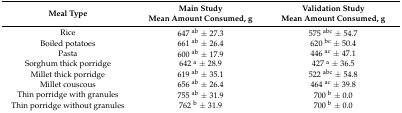
<table><thead><tr><td><b>Meal Type</b></td><td><b>Main StudyMean Amount Consumed, g</b></td><td><b>Validation StudyMean Amount Consumed, g</b></td></tr></thead><tbody><tr><td>Rice</td><td>647 <sup>ab</sup> ± 27.3</td><td>575 <sup>abc</sup> ± 54.7</td></tr><tr><td>Boiled potatoes</td><td>661 <sup>ab</sup> ± 26.4</td><td>620 <sup>bc</sup> ± 50.4</td></tr><tr><td>Pasta</td><td>600 <sup>ab</sup> ± 17.9</td><td>446 <sup>ac</sup> ± 47.1</td></tr><tr><td>Sorghum thick porridge</td><td>642 <sup>a</sup> ± 28.9</td><td>427 <sup>a</sup> ± 36.5</td></tr><tr><td>Millet thick porridge</td><td>619 <sup>ab</sup> ± 35.1</td><td>522 <sup>abc</sup> ± 54.8</td></tr><tr><td>Millet couscous</td><td>656 <sup>ab</sup> ± 26.4</td><td>464 <sup>ac</sup> ± 39.8</td></tr><tr><td>Thin porridge with granules</td><td>755 <sup>ab</sup> ± 31.9</td><td>700 <sup>b</sup> ± 0.0</td></tr><tr><td>Thin porridge without granules</td><td>762 <sup>b</sup> ± 31.9</td><td>700 <sup>b</sup> ± 0.0</td></tr></tbody></table>